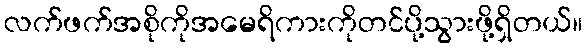
လက်ဖက်အစိုကိုအမေရိကားကိုတင်ပို့သွားဖို့ရှိတယ်။